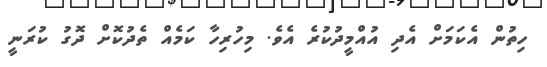
ހިތުން އެކަމަށް އެދި އުއްމީދުކުރެ އެވެ. މިހުރިހާ ކަމެއް ތެދުކޮށް ދޮގު ކުރަނީ